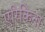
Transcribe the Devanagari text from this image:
एरिकिना